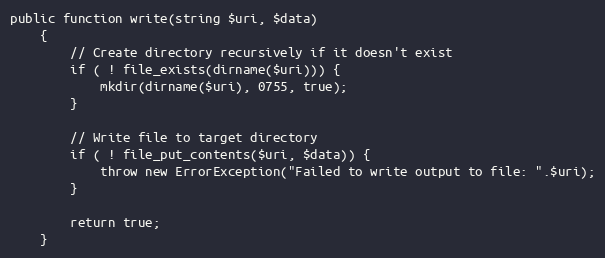
Language: PHP
public function write(string $uri, $data)
    {
        // Create directory recursively if it doesn't exist
        if ( ! file_exists(dirname($uri))) {
            mkdir(dirname($uri), 0755, true);
        }

        // Write file to target directory
        if ( ! file_put_contents($uri, $data)) {
            throw new ErrorException("Failed to write output to file: ".$uri);
        }

        return true;
    }